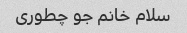
سلام خانم جو چطوری